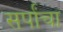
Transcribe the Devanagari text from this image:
सर्पांचा